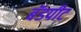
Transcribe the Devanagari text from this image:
बॅडपीट